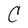
Character: C